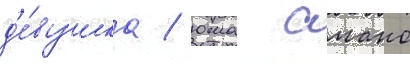
д'е́вушка / юма амано